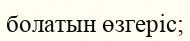
болатын өзгеріс;